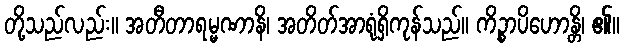
တို့သည်လည်း။ အတီတာရမ္မဏာနိ၊ အတိတ်အာရုံရှိကုန်သည်။ ကိဉ္စာပိဟောန္တိ၊ ၏။